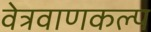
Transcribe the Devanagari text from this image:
वेत्रवाणकल्प